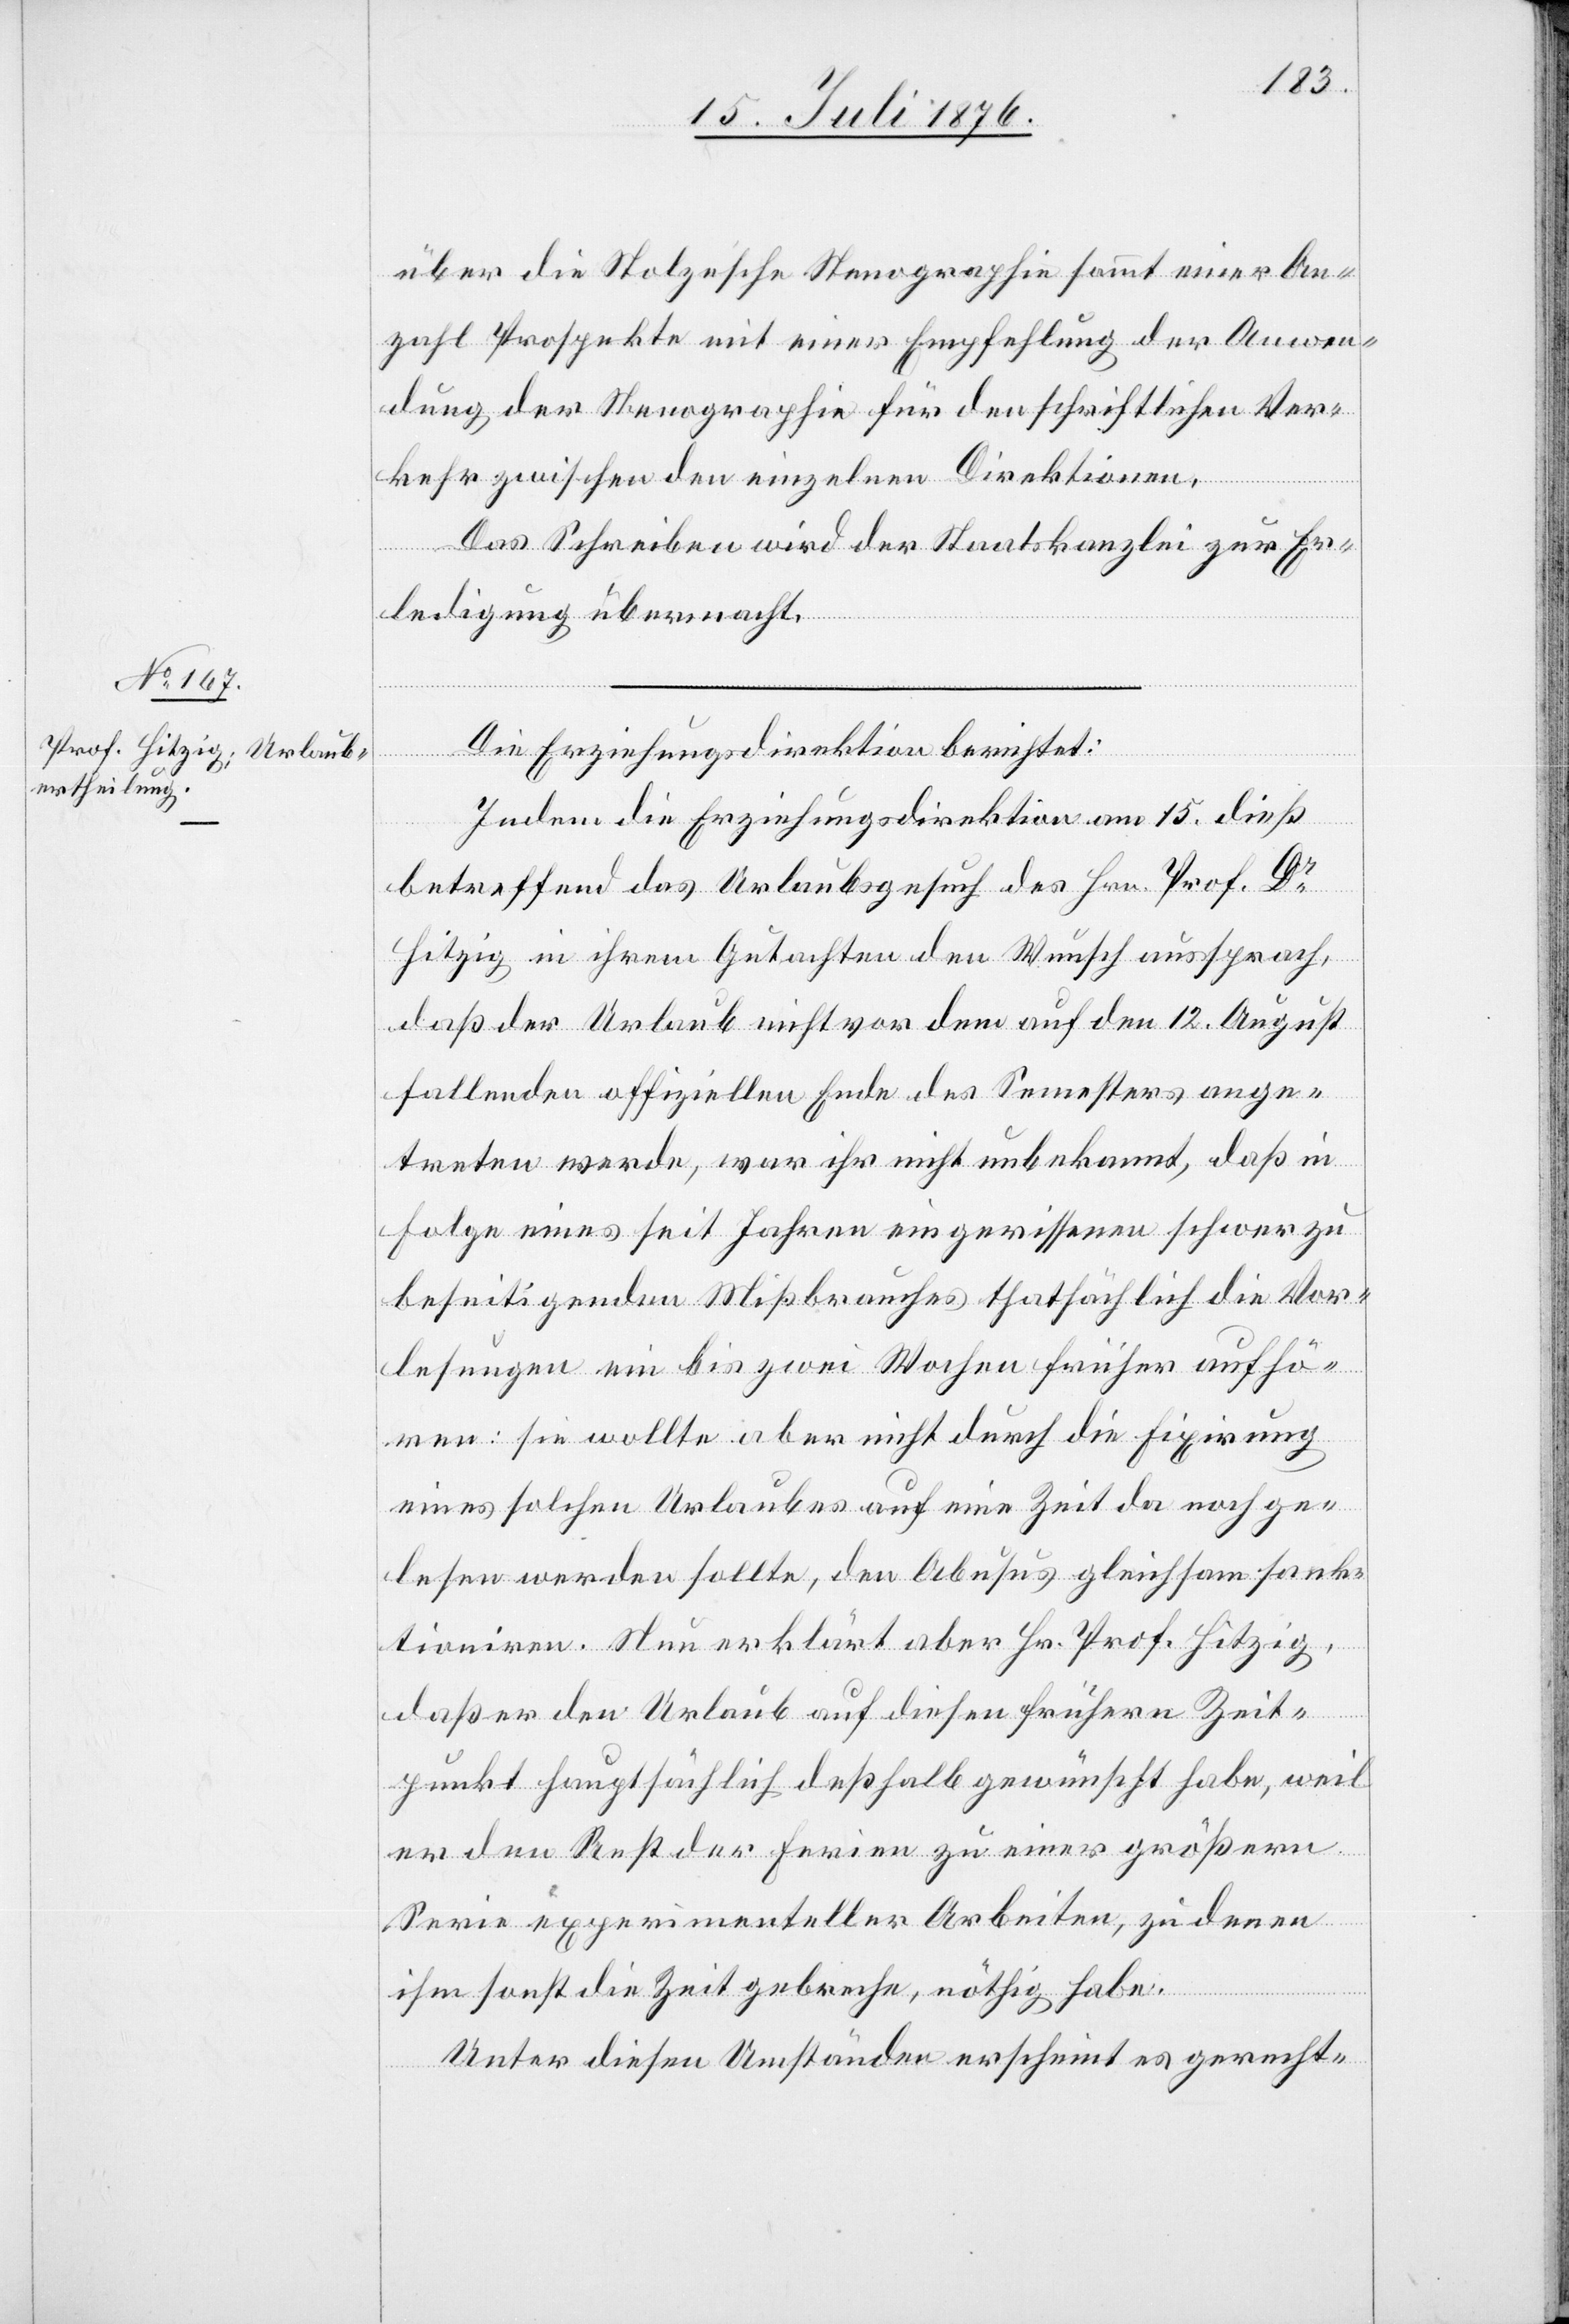
17. Juli 1876.]
über die Stolze’sche Stenographie sammt einer An¬
zahl Prospekte mit einer Empfehlung der Anwen¬
dung, der Stenographie für den schriftlichen Ver¬
kehr zwischen den einzelnen Direktionen.
Das Schreiben wird der Staatskanzlei zur Er¬
ledigung übermacht.
Die Erziehungsdirektion berichtet:
Indem die Erziehungsdirektion am 15. dies
betreffend das Urlaubsgesuch des Hrn. Prof. Dr
Hitzig in ihrem Gutachten den Wunsch aussprach,
daß der Urlaub nicht vor dem auf den 12. August
fallenden offiziellen Ende des Semesters ange¬
treten werde, war ihr nicht unbekannt, daß in
Folge eines seit Jahren eingerissenen schwer zu
beseitigenden Mißbrauches thatsächlich die Vor¬
lesungen ein bis zwei Wochen früher aufhö¬
ren: sie wollte aber nicht durch die Fixirung
eines solchen Urlaubes auf eine Zeit da noch ge¬
lesen werden wollte, den Abusus gleichsam sank¬
tioniren. Nun erklärt aber Hr. Prof. Hitzig,
das er den Urlaub auf diesen frühern Zeit¬
punkt hauptsächlich deshalb gewünscht habe, weil
er den Rest der Ferien zu einer größern
Serie experimenteller Arbeiten, zu denen
ihm sonst die Zeit gebreche, nöthig habe.
Unter diesen Umständen erscheint es gerecht-